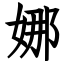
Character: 娜